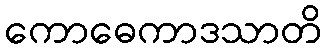
ကောဓေကာဒသာတိ